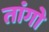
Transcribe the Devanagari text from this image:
तांगो